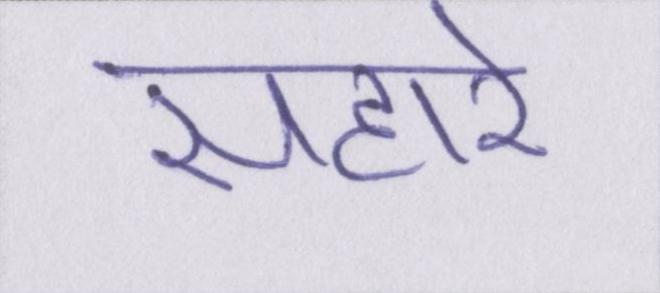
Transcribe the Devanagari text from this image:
सहारे